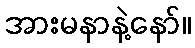
အားမနာနဲ့နော်။